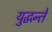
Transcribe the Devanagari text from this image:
युद्धन्ते